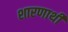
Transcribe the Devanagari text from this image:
शारणार्थी